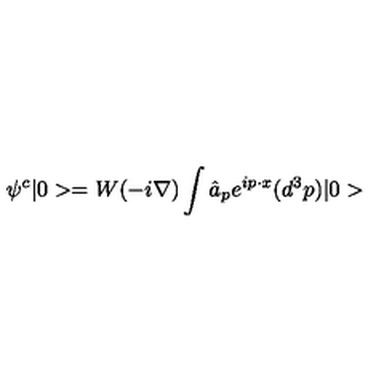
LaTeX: \psi ^ { c } | 0 > = W ( - i \mathrm { \boldmath \nabla } ) \int \hat { a } _ { p } e ^ { i p \cdot x } ( d ^ { 3 } p ) | 0 >